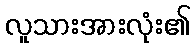
လူသားအားလုံး၏